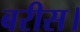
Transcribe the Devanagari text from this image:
बरीस।